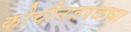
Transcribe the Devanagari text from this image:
कोचीनजवळच्या